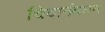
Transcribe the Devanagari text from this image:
चिदानंदघन